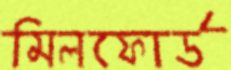
মিলফোর্ড